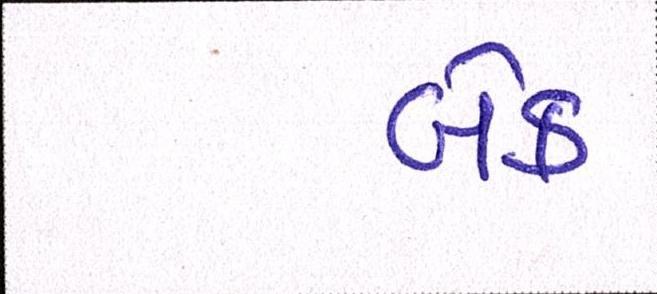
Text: બેક